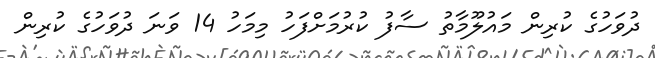
ދުވަހުގެ ކުރިން މައުލޫމާތު ސާފު ކުރުމަށްފަހު މިމަހު 14 ވަނަ ދުވަހުގެ ކުރިން